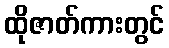
ထိုဇာတ်ကားတွင်